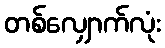
တစ်လျှောက်လုံး